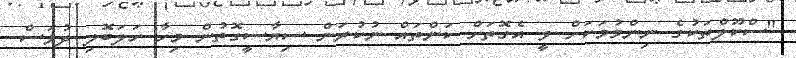
"ސްކޫލްތަކުގެ ނިންމުމަކަށް ވީ އެގޮތަށް ކަންތައް ނުކުރަން ސިޔާސީގޮތުން މިހާ ހަލަބޮލި ދުވަސް